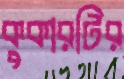
কুকারটির